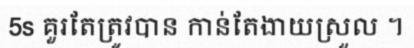
5s គួរតែត្រូវបាន កាន់តែងាយស្រួល ។